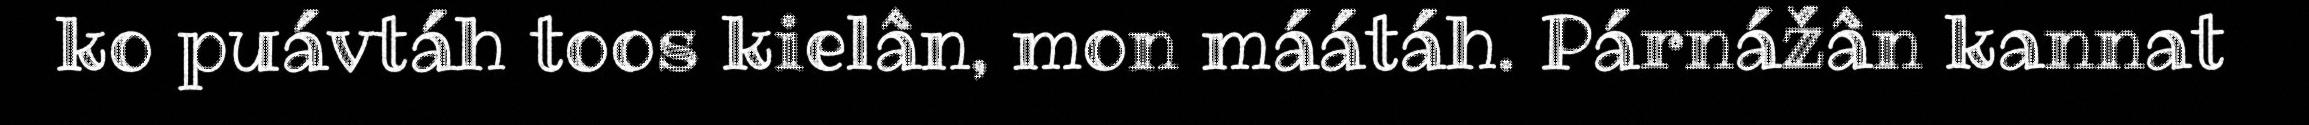
ko puávtáh toos kielân, mon máátáh. Párnážân kannat